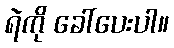
ရဲကို ခေါ်ပေးပါ။